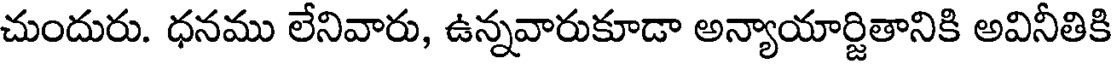
చుందురు. ధనము లేనివారు, ఉన్నవారుకూడా అన్యాయార్జితానికి అవినీతికి